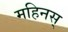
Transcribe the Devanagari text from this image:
महिनस्